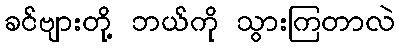
ခင်ဗျားတို့ ဘယ်ကို သွားကြတာလဲ